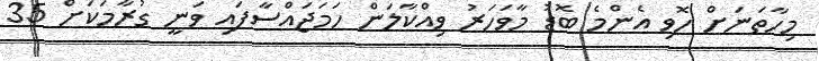
މިހާތަނަށް ހޮވި އެންމެ ބޮޑު މާވަހަރު ވިއްކާލަން ހަމަޖައްސާފައި ވަނީ ގުރާމަކަށް 35